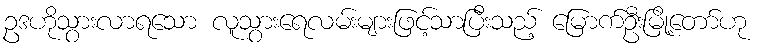
ဥဒဟိုသွားလာရသော လူသွားရေလမ်းများဖြင့်သာပြီးသည့် မြောက်ဦးမြို့တော်ဟု